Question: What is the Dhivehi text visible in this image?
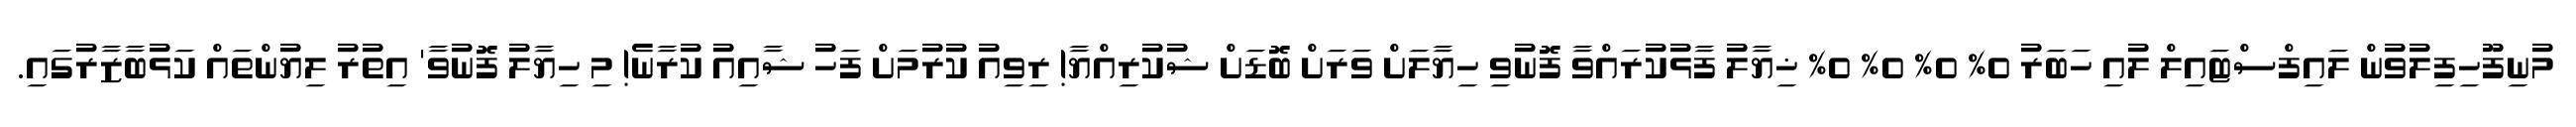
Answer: މުނިފޫހިފިލުވުން ލައިފްސްޓައިލް ލުއި ހަބަރު 0% 0% 0% 0% ޚިޔާލު ފާޅުކުރައްވާ ފޮނުވި ހިޔާލަށް ވަރަށް ބޮޑަށް ޝުކުރިއްޔާ! ރިވިއު ކުރުމަށް ފަހު ޝާއިއު ކުރާނެ! މި ހިޔާލު ފޮނުވާ' އިތުރު ލިޔުންތައް ކަޅުބާޒާރުގައި.